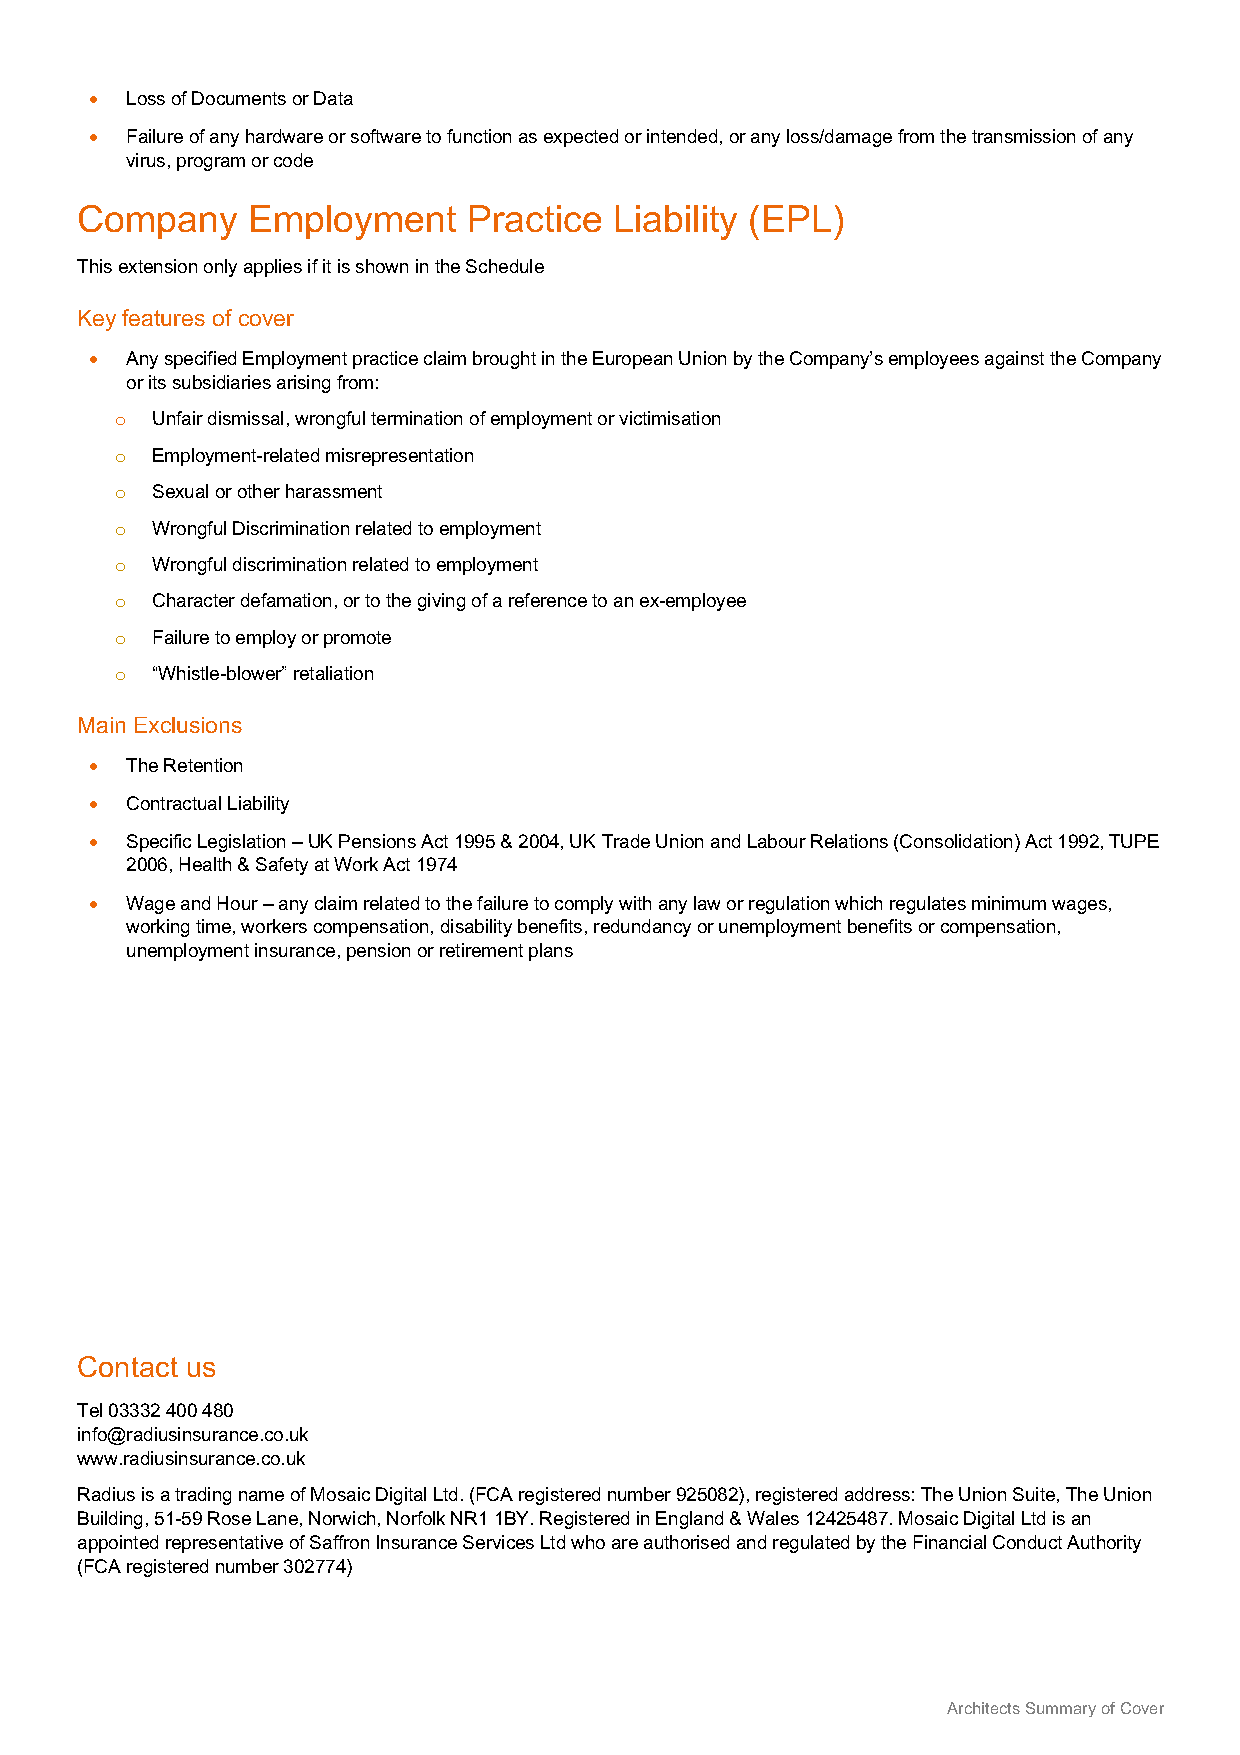
• Loss of Documents or Data
 • Failure of any hardware or software to function as expected or intended, or any loss/damage from the transmission of any
 virus, program or code
 Company    Employment     Practice  Liability (EPL)
 This extension only applies if it is shown in the Schedule
 Key features of cover
 • Any specified Employment practice claim brought in the European Union by the Company’s employees against the Company
 or its subsidiaries arising from:
 o Unfair dismissal, wrongful termination of employment or victimisation
 o Employment-related misrepresentation
 o Sexual or other harassment
 o Wrongful Discrimination related to employment
 o Wrongful discrimination related to employment
 o Character defamation, or to the giving of a reference to an ex-employee
 o Failure to employ or promote
 o “Whistle-blower” retaliation
 Main Exclusions
 • The Retention
 • Contractual Liability
 • Specific Legislation – UK Pensions Act 1995 & 2004, UK Trade Union and Labour Relations (Consolidation) Act 1992, TUPE
 2006, Health & Safety at Work Act 1974
 • Wage and Hour – any claim related to the failure to comply with any law or regulation which regulates minimum wages,
 working time, workers compensation, disability benefits, redundancy or unemployment benefits or compensation,
 unemployment insurance, pension or retirement plans
 Contact us
 Tel 03332 400 480
 info@radiusinsurance.co.uk
 www.radiusinsurance.co.uk
 Radius is a trading name of Mosaic Digital Ltd. (FCA registered number 925082), registered address: The Union Suite, The Union
 Building, 51-59 Rose Lane, Norwich, Norfolk NR1 1BY. Registered in England & Wales 12425487. Mosaic Digital Ltd is an
 appointed representative of Saffron Insurance Services Ltd who are authorised and regulated by the Financial Conduct Authority
 (FCA registered number 302774)
 Architects Summary of Cover